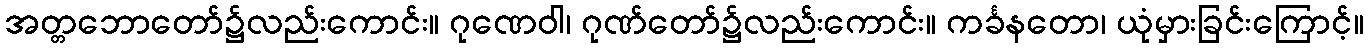
အတ္တဘောတော်၌လည်းကောင်း။ ဂုဏေဝါ၊ ဂုဏ်တော်၌လည်းကောင်း။ ကင်္ခနတော၊ ယုံမှားခြင်းကြောင့်။